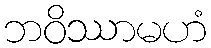
ဘဝိဿာမဟံ